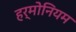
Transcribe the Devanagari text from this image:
हर्मोनियम